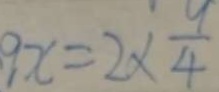
9 x = 2 \times \frac { 9 } { 4 }